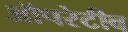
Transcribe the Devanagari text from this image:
ऑपरेटीव